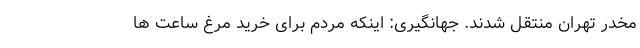
مخدر تهران منتقل شدند. جهانگیری: اینکه مردم برای خرید مرغ ساعت ها